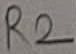
Text: R2